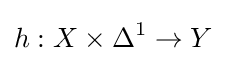
h:X\times \Delta ^{1}\to Y